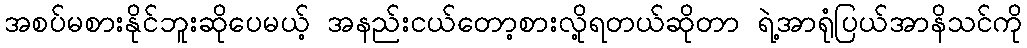
အစပ်မစားနိုင်ဘူးဆိုပေမယ့် အနည်းငယ်တော့စားလို့ရတယ်ဆိုတာ ရဲ့အာရုံပြယ်အာနိသင်ကို